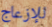
للإزعاج